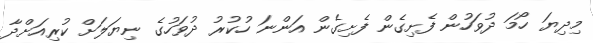
މިދިޔަ ހޯމަ ދުވަހުން ފެށިގެން ފެށިގެން އަންނަ ހުކުރު ދުވަހުގެ ނިޔަލަށް ކުރިއަށްދާ